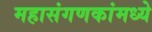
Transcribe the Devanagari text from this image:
महासंगणकांमध्ये